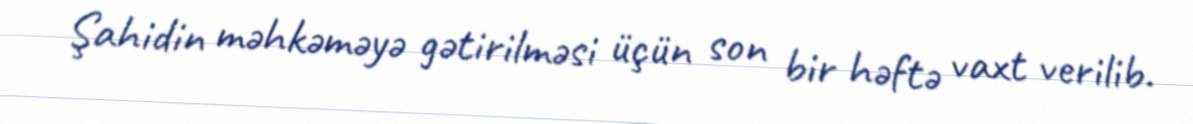
Şahidin məhkəməyə gətirilməsi üçün son bir həftə vaxt verilib.